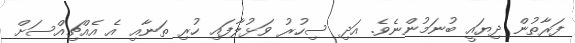
ފަރާތުން ދިޔައީ ބުނަމުންނެވެ. އަދި ސިހުރު ވަޅުލާފައި ހުރި ތަނާއި އެ އެއްޗިއްސަށް